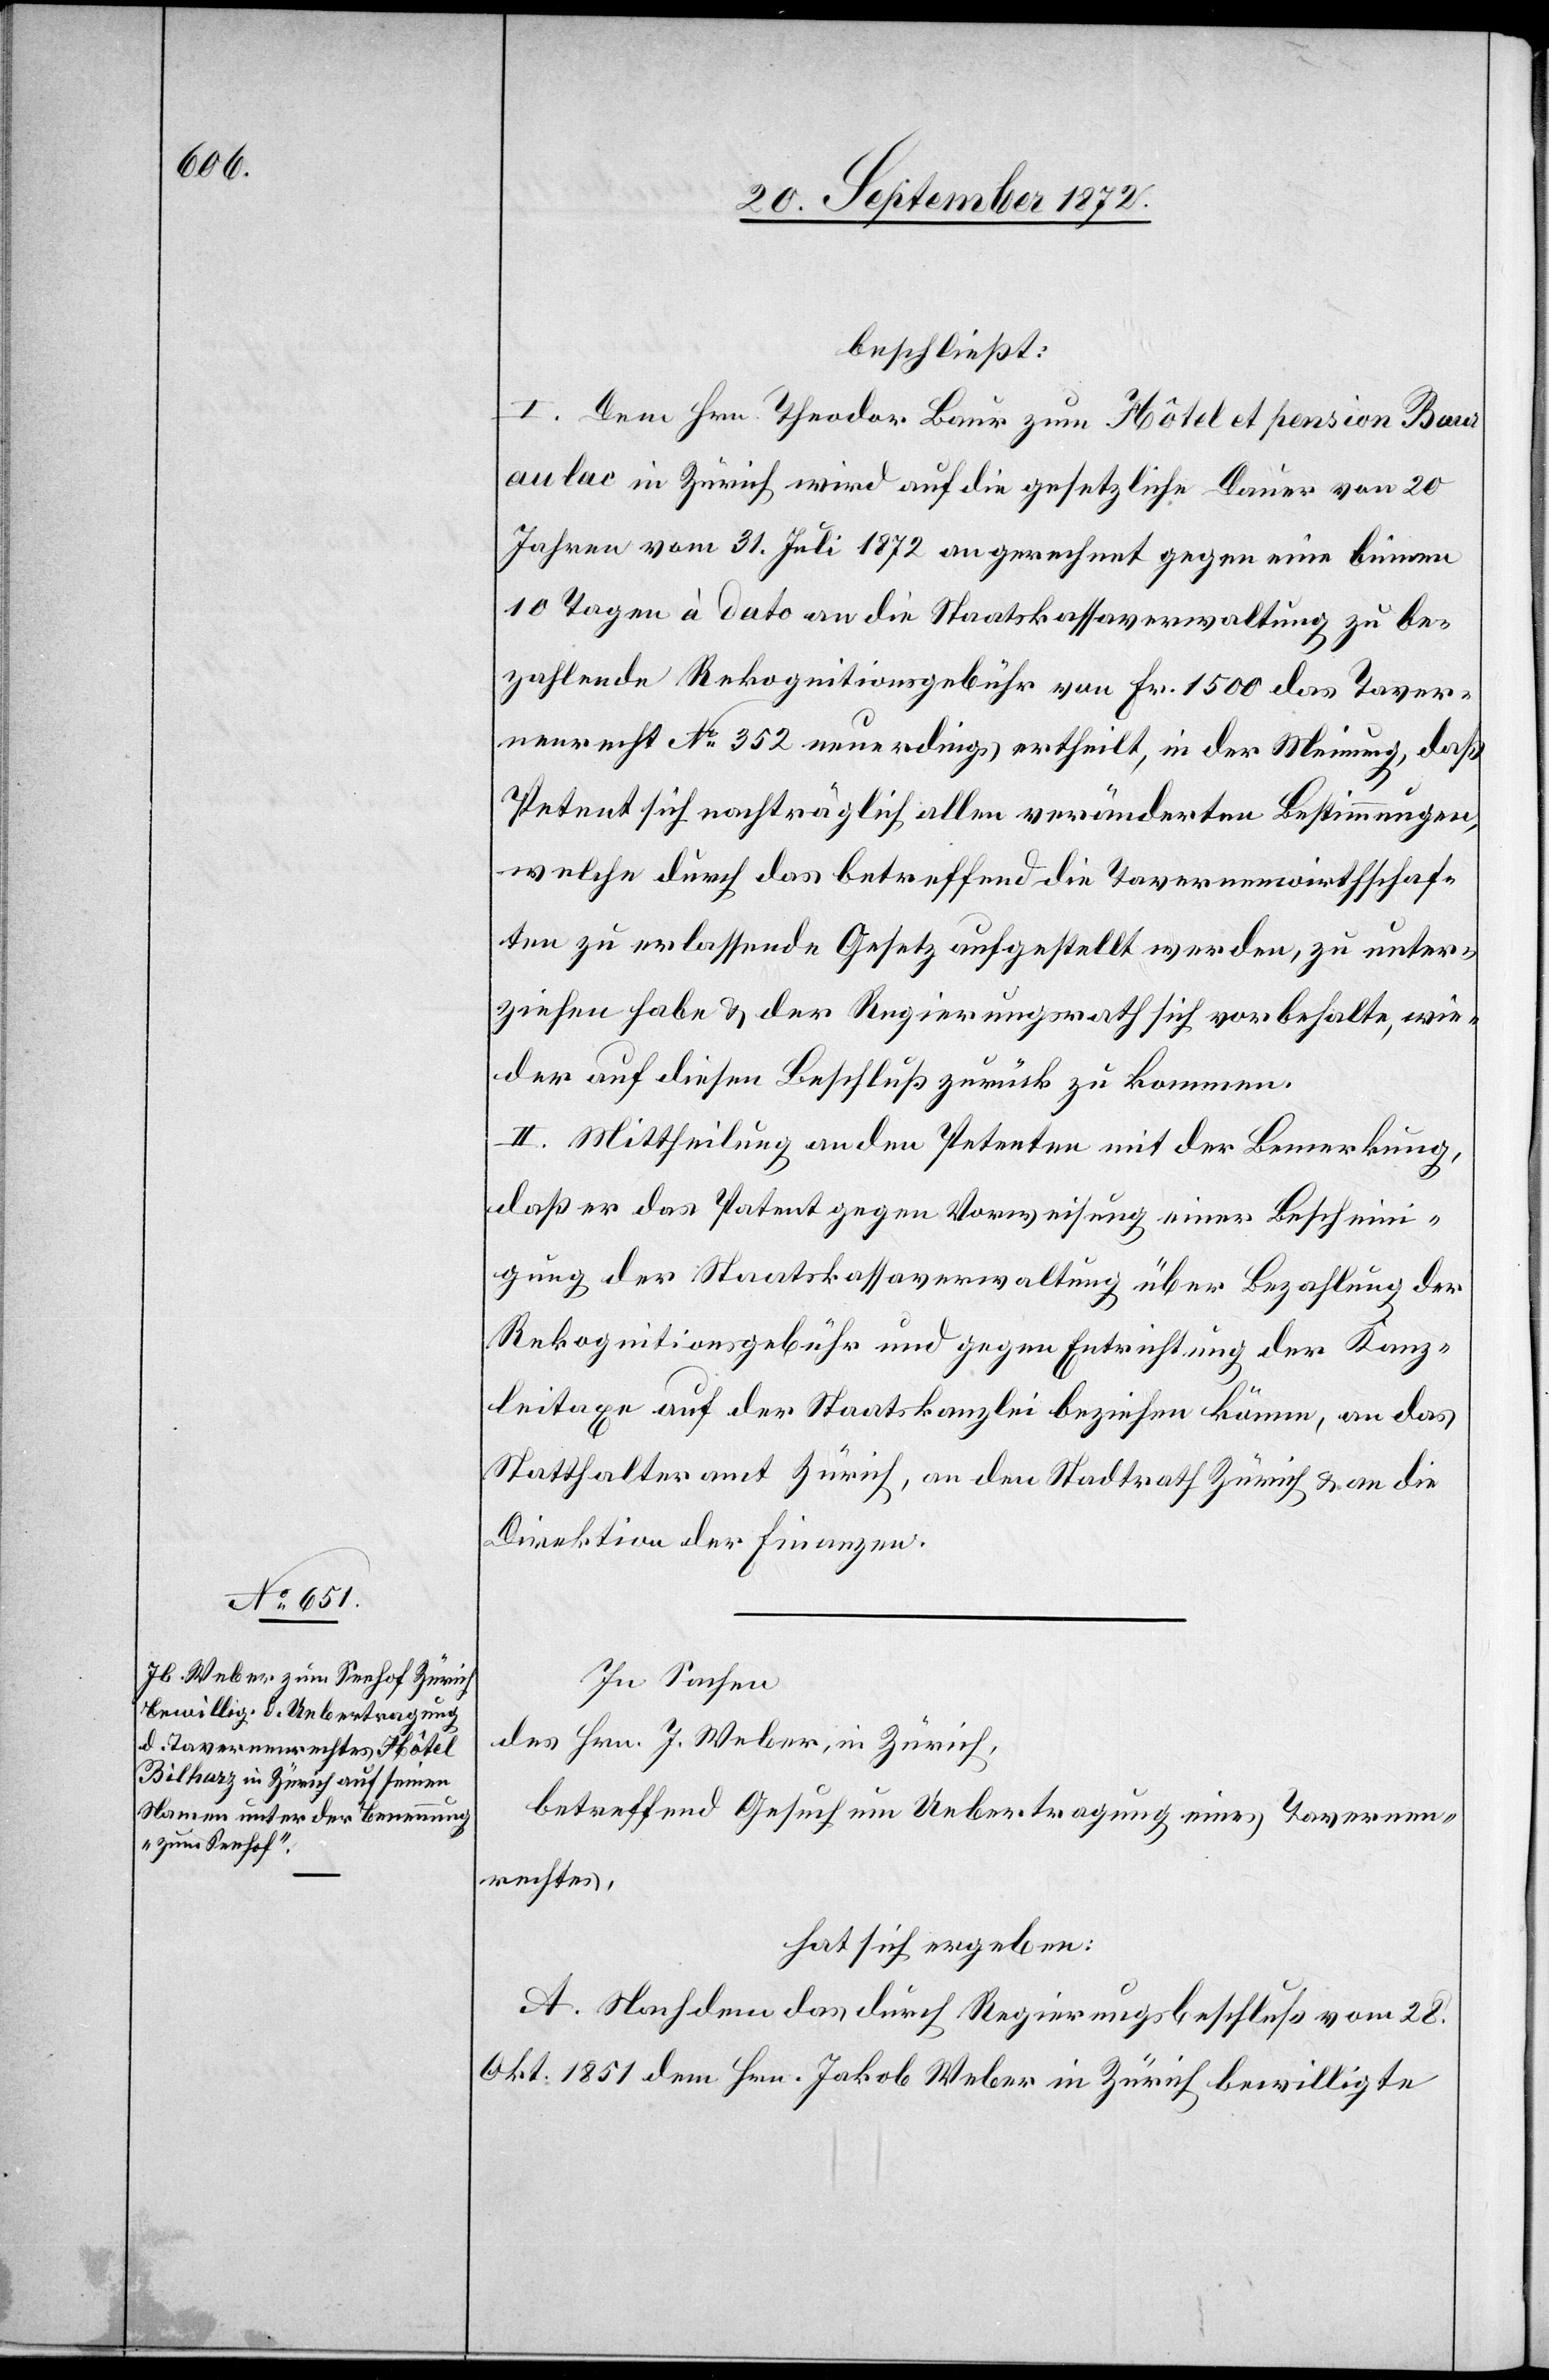
beschließt:
I. Dem Hrn. Theodor Baur zum Hôtel et pension Baur
au lac in Zürich wird auf die gesetzliche Dauer von 20
Jahren vom 31. Juli 1872 angerechnet gegen eine binnen
10 Tagen à dato an die Staatskassaverwaltung zu be¬
zahlende Rekognitionsgebühr von Fr. 1500 das Taver¬
nenrecht No 352 neuerdings ertheilt, in der Meinung, daß
Petent sich nachträglich allen veränderten Bestimmungen,
welche durch das betreffend die Tavernenwirthschaf¬
ten zu erlassende Gesetz aufgestellt werden, zu unter¬
ziehen habe u. der Regierungsrath sich vorbehalte, wie¬
der auf diesen Beschluß zurück zu kommen.
II. Mittheilung an den Petenten mit der Bemerkung,
daß er das Patent gegen Vorweisung einer Bescheini¬
gung der Staatskassaverwaltung über Bezahlung der
Rekognitionsgebühr und gegen Entrichtung der Kanz¬
leitaxe auf der Staatskanzlei beziehen können, an das
Statthalteramt Zürich, an den Stadtrath Zürich u. an die
Direktion der Finanzen.
In Sachen
des Hrn. J. Weber, in Zürich,
betreffend Gesuch um Uebertragung eines Tavernen¬
rechtes,
hat sich ergeben:
A. Nachdem das durch Regierungsbeschluß vom 28.
Okt. 1851 dem Hrn. Jakob Weber in Zürich bewilligte